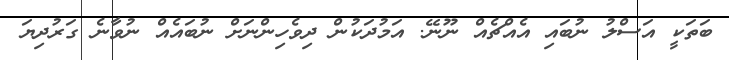
ބަތަކީ އަސްލު ނުބައި އެއްޗެއް ނޫނޭ. އަމުދަކުން ދިވެހިންނަށް ނުބައެއް ނުވާނެ ގަރުދިޔަ